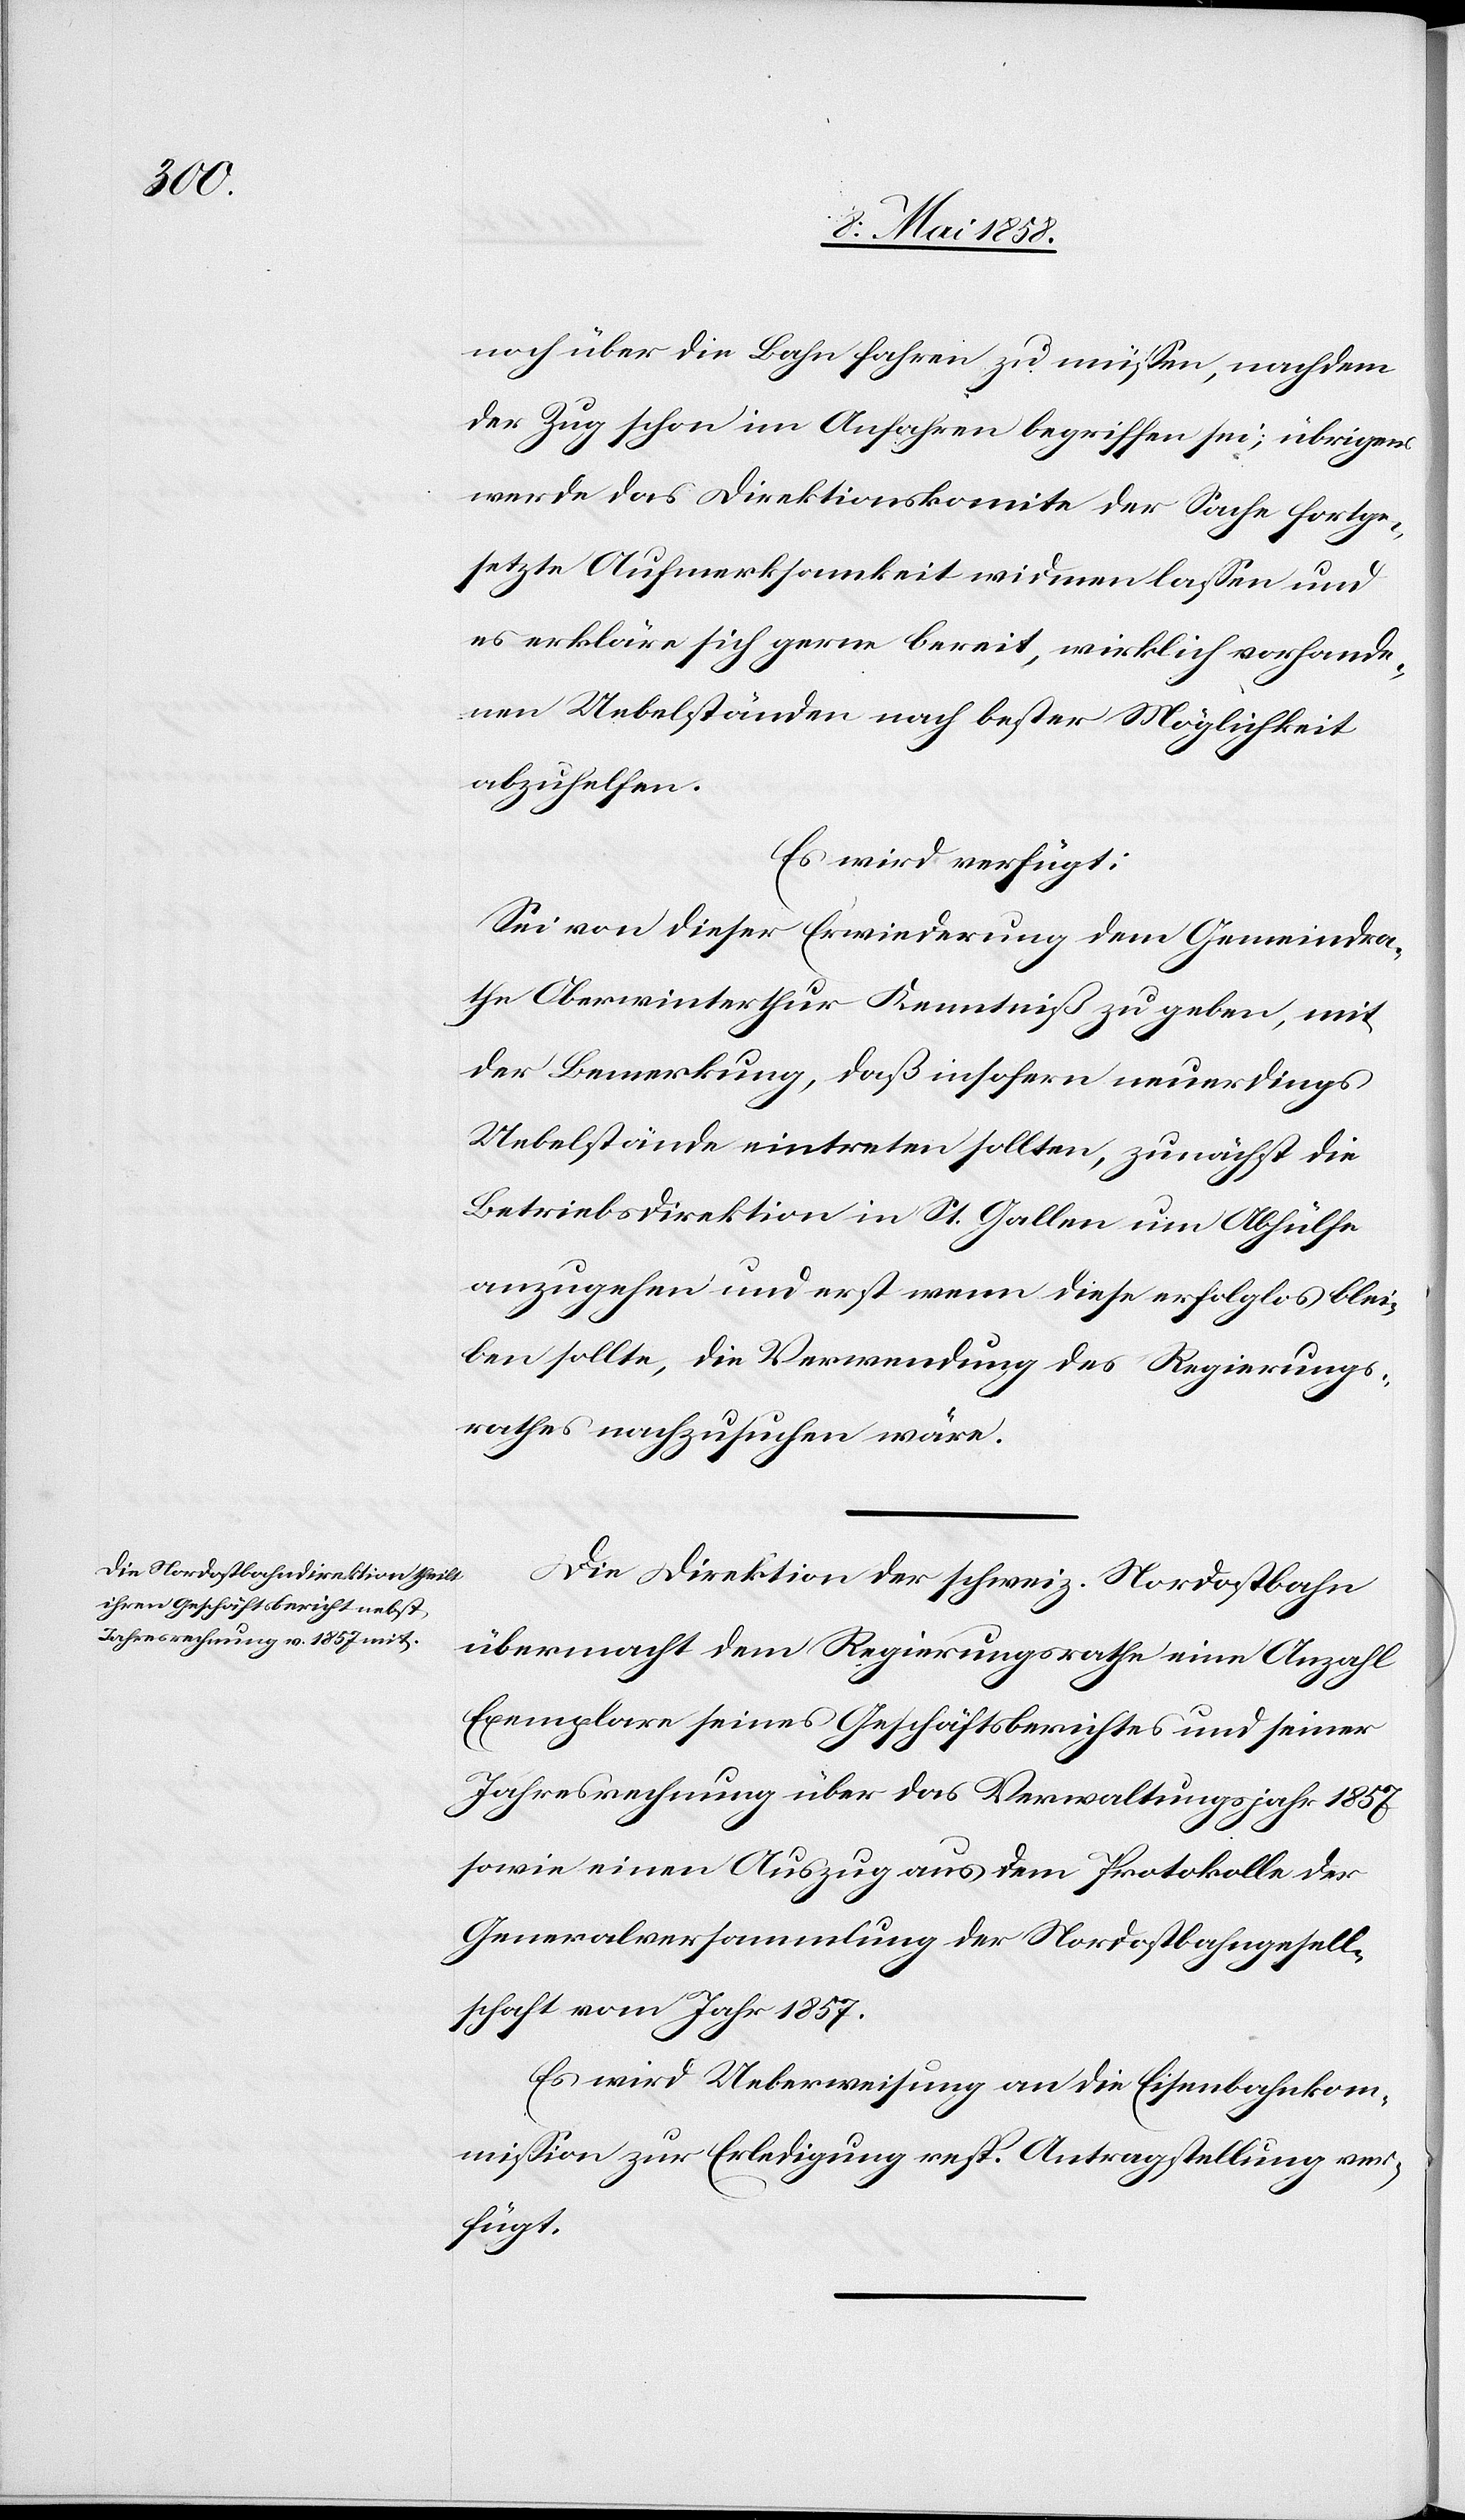
noch über die Bahn fahren zu müssen, nachdem
der Zug schon im Anfahren begriffen sei, übrigens
werde das Direktionskomite der Sache fortge¬
setzte Aufmerksamkeit widmen lassen und
es erkläre sich gerne bereit, wirklich vorhande¬
nen Uebelständen nach bester Möglichkeit
abzuhelfen.
Es wird verfügt:
Sei von dieser Erwiederung dem Gemeindra¬
the Oberwinterthur Kenntniß zu geben, mit
der Bemerkung, daß insofern neuerdings
Uebelstände eintreten sollten, zunächst die
Betriebsdirektion in St. Gallen um Abhülfe
anzugehen und erst wenn diese erfolglos blei¬
ben sollte, die Verwendung des Regierungs¬
rathes nachzusuchen wäre.
Die Direktion der schweiz. Nordostbahn
übermacht dem Regierungsrathe eine Anzahl
Exemplare seines Geschäftsberichtes und seiner
Jahresrechnung über das Verwaltungsjahr 1857
sowie einen Auszug aus dem Protokolle der
Generalversammlung der Nordostbahngesell¬
schaft vom Jahr 1857.
Es wird Ueberweisung an die Eisenbahnkom¬
mission zur Erledigung resp. Antragstellung ver¬
fügt.